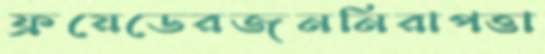
ফ্রয়েডেরজননিরাপত্তা